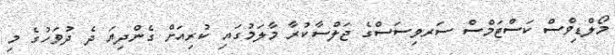
މޯލްޑިވްސް ކަސްޓަމްސް ސަރވިސަސްގެ ޖަލްސާކުރާ މާލަމުގައި ކުރިއަށް ގެންދިޔަ ދެ ދުވަހުގެ މި